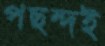
পছন্দই